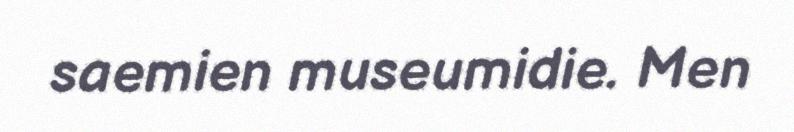
saemien museumidie. Men